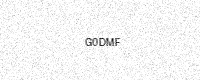
Text: G0DMF